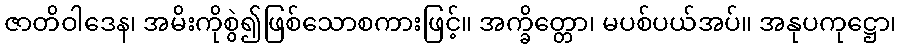
ဇာတိဝါဒေန၊ အမိးကိုစွဲ၍ဖြစ်သောစကားဖြင့်။ အက္ခိတ္တော၊ မပစ်ပယ်အပ်။ အနုပကုဋ္ဌော၊